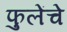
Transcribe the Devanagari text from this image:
फुलेंचे